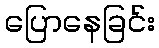
ပြောနေခြင်း